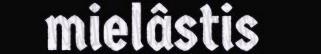
mielâstis